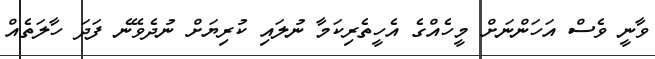
ވާނީ ވެސް އަހަންނަށް މީހެއްގެ އެހީތެރިކަމާ ނުލައި ކުރިޔަށް ނުދެވޭނެ ފަދަ ހާލަތެއް